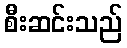
စီးဆင်းသည်